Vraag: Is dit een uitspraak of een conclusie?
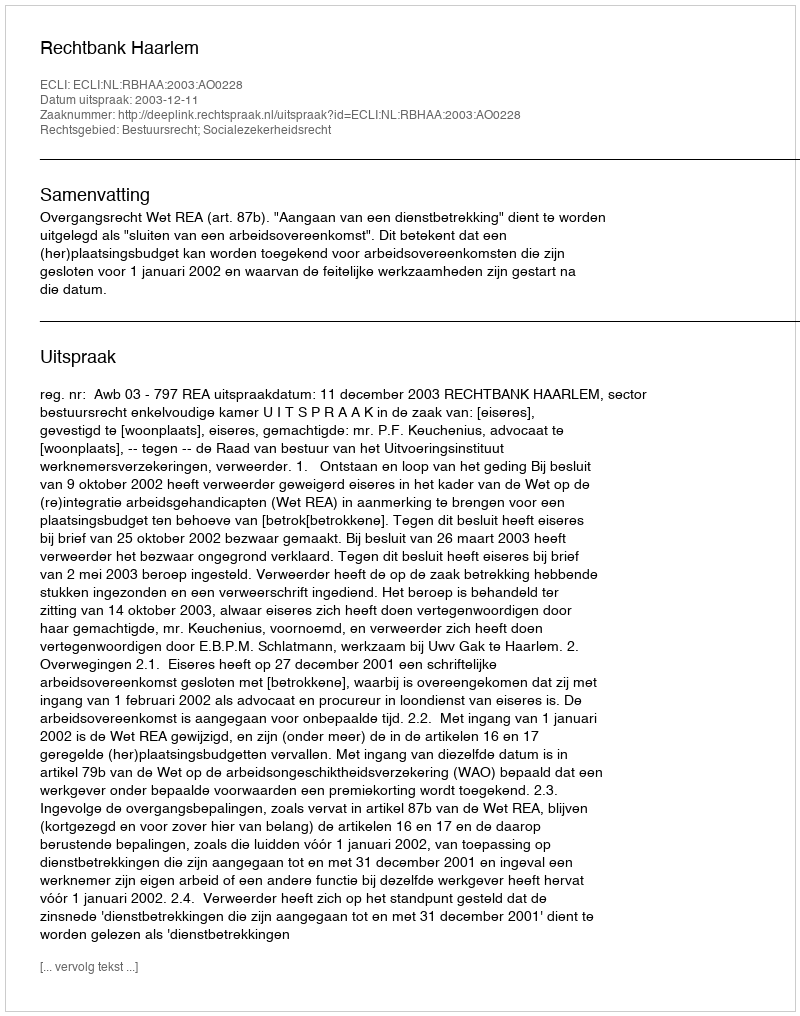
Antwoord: Uitspraak